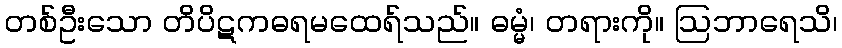
တစ်ဦးသော တိပိဋကဓရမထေရ်သည်။ ဓမ္မံ၊ တရားကို။ ဩဘာရေသိ၊